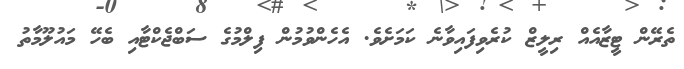
ތެރޭން ޓީޒާއެއް ރިލީޒް ކުރެވިފައިވާނެ ކަމަށެވެ. އެހެންވުމުން ފިލްމުގެ ސަބްޖެކްޓާއި ބެހޭ މައުލޫމާތު